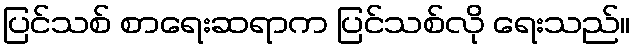
ပြင်သစ် စာရေးဆရာက ပြင်သစ်လို ရေးသည်။